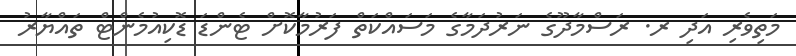
މަތިވެރި އަދި ރ. ރަސްމާދޫގެ ނަރުދަމާގެ މަސައްކަތް ފަރުމާކޮށް ޓެންޑަ ޑޮކިއުމެންޓް ތައްޔާރު